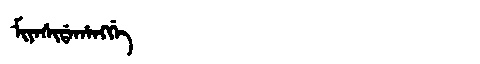
Manchu: ᠮᡳᠶᠠᠰᡳᡩᠠᡥᠠᠩᡤᡝ
Romanization: MIYASIDAHANGGE